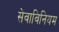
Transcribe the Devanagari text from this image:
सेवाविनियम